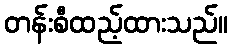
တန်းစီထည့်ထားသည်။